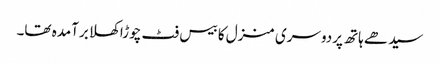
سیدھے ہاتھ پردوسری منزل کا بیس فٹ چوڑا کھلا برآمدہ تھا۔